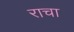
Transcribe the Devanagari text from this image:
राचा